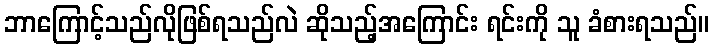
ဘာကြောင့်သည်လိုဖြစ်ရသည်လဲ ဆိုသည့်အကြောင်း ရင်းကို သူ ခံစားရသည်။